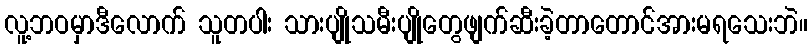
လူ့ဘဝမှာဒီလောက် သူတပါး သားပျိုသမီးပျိုတွေဖျက်ဆီးခဲ့တာတောင်အားမရသေးဘဲ။